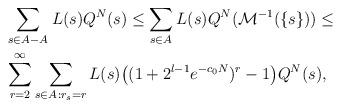
LaTeX: \begin{align*}\begin{aligned}&\sum_{s\in A-A_{}}L(s)Q^N(s)\le \sum_{s\in A_{}}L(s)Q^N(\mathcal{M}^{-1}(\{s\}))\le \\&\sum_{r=2}^\infty\sum_{s\in A_{}:r_s=r}L(s)\big((1+2^{l-1}e^{-c_0N})^r-1\big)Q^N(s),\end{aligned}\end{align*}